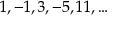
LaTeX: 1 , - 1 , 3 , - 5 , 1 1 , \ldots